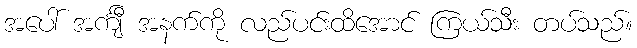
အပေါ် အင်္ကျီ အနက်ကို လည်ပင်းထိအောင် ကြယ်သီး တပ်သည်။